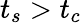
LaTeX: t_{s}>t_{c}